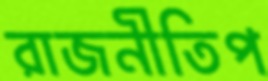
রাজনীতিপ